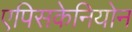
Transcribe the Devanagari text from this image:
एपिसकेनियोन